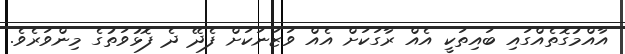
އާއްމުގޮތެއްގައި ބައިތަކީ އެއް ރާގަކަށް އެއް ވަޒަނަކަށް ފެދޭ ދެ ފޮޅުވަތުގެ މިންވަރެވެ.